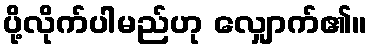
ပို့လိုက်ပါမည်ဟု လျှောက်၏။